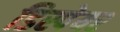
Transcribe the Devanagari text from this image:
डिस्पेयर